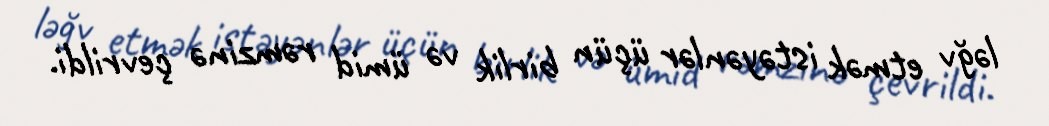
ləğv etmək istəyənlər üçün birlik və ümid rəmzinə çevrildi.